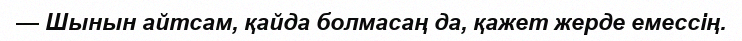
— Шынын айтсам, қайда болмасаң да, қажет жерде емессің.